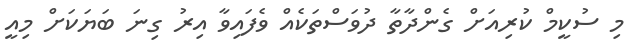
މި ސުކީމް ކުރިއަށް ގެންދާތާ ދުވަސްތަކެއް ވެފައިވާ އިރު ގިނަ ބަޔަކަށް މިއީ